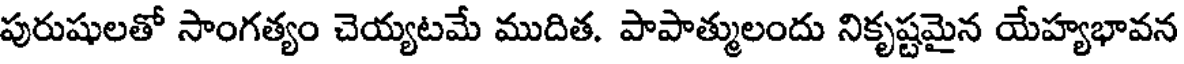
పురుషులతో సాంగత్యం చెయ్యటమే ముదిత. పాపాత్ములందు నికృష్టమైన యేహ్యభావన